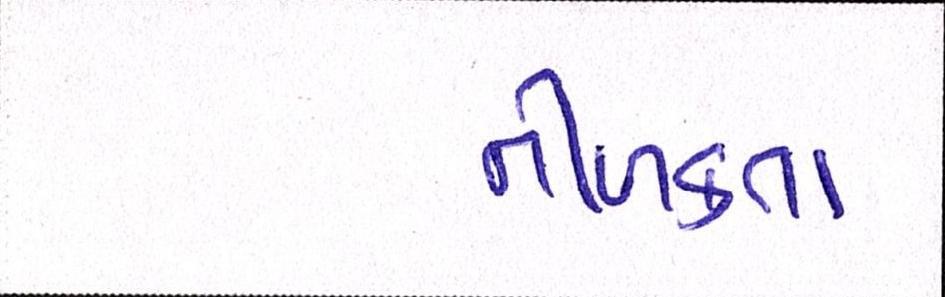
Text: નીળક્તાં